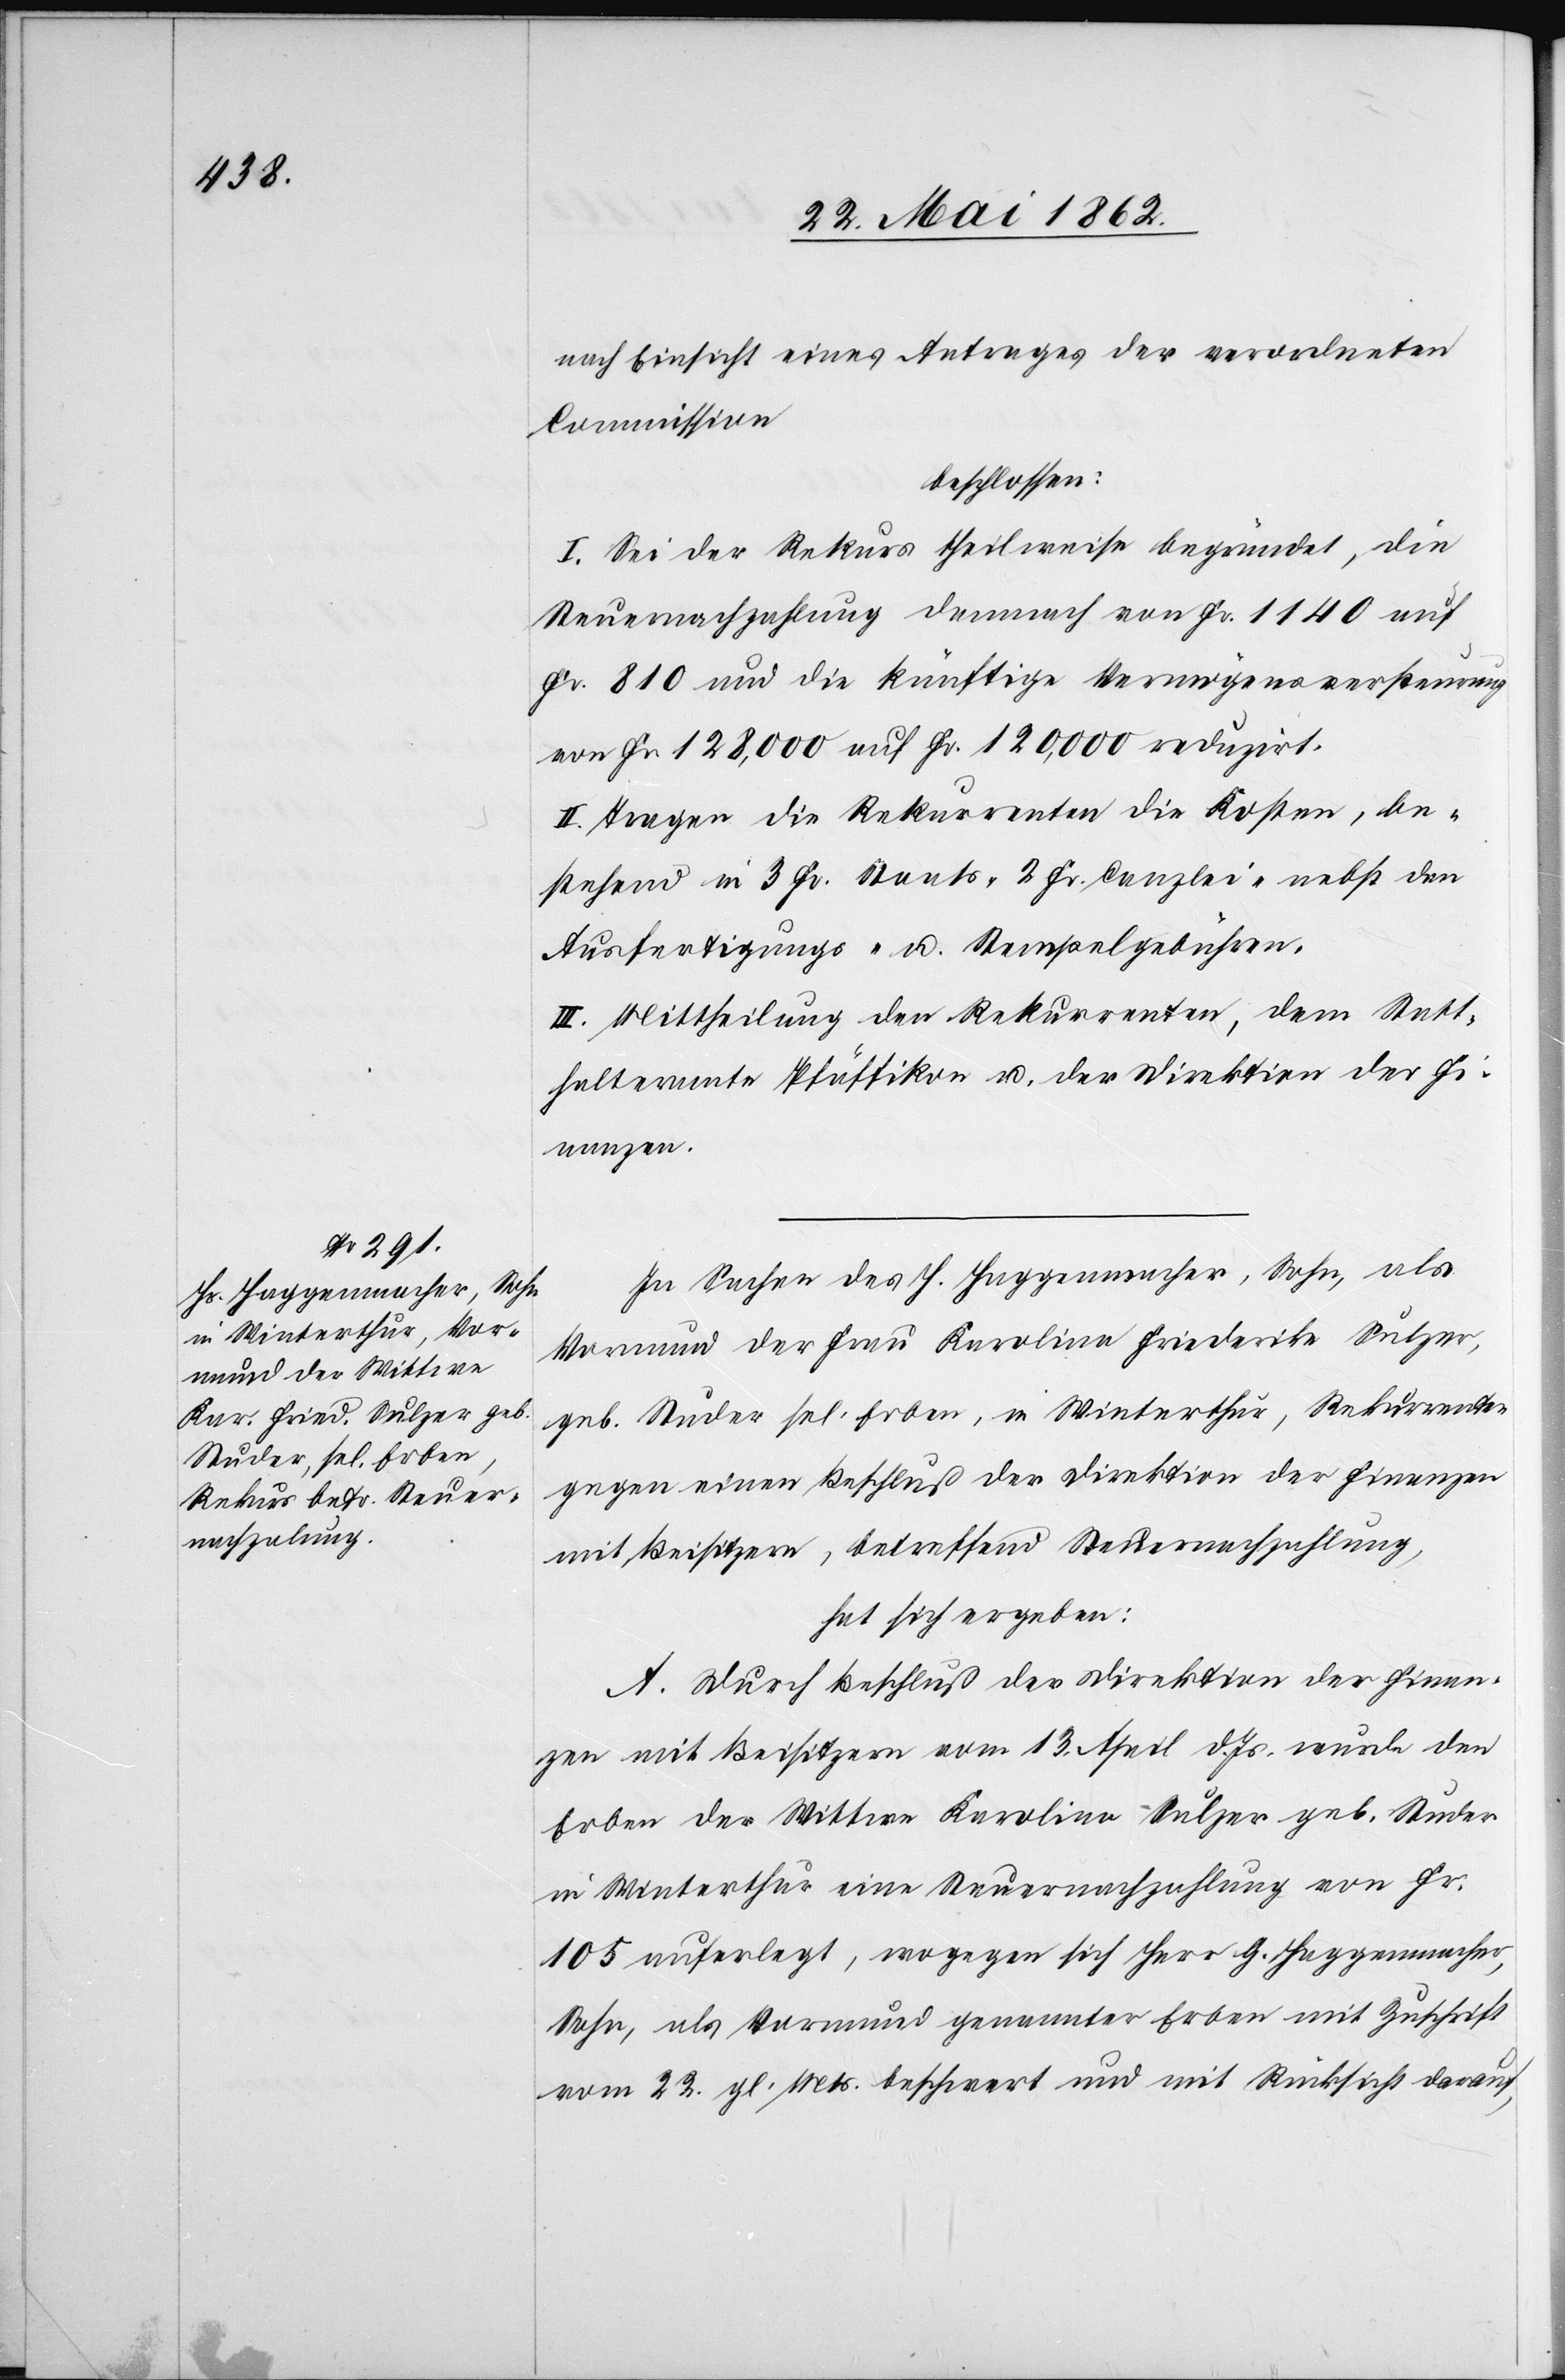
nach Einsicht eines Antrages der verordneten
Commission
beschlossen:
I. Sei der Rekurs theilweise begründet, die
Steuernachzahlung demnach von Fr. 1140 auf
Fr.810 und die künftige Vermögensversteurung
von Fr. 128,000 auf Fr. 120,000 reduzirt.
II. Tragen die Rekurrenten die Kosten, be¬
stehend in 3 Fr. Staats- 2 Fr. Canzlei- nebst den
Ausfertigungs- u. Stempelgebühren.
III. Mittheilung den Rekurrenten, dem Statt¬
halteramte Pfäffikon u. der Direktion der Fi¬
nanzen.
In Sachen des H. Haggenmacher, Sohn, als
Vormund der Frau Karolina Friederike Sulzer,
geb. Studer sel. Erben, in Winterthur, Rekurrenten
gegen einen Beschluß der Direktion der Finanzen
mit Beisitzern, betreffend Steuernachzahlung,
hat sich ergeben:
A. Durch Beschluß der Direktion der Finan¬
zen mit Beisitzern vom 13. April d. Js. wurde den
Erben der Wittwe Karolina Sulzer geb. Studer
in Winterthur eine Steuernachzahlung von Fr.
105 auferlegt, wogegen sich Herr H. Haggenmacher,
Sohn, als Vormund genannter Erben mit Zuschrift
vom 22. gl. Mts. beschwert und mit Rücksicht darauf,